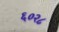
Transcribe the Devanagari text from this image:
६०२८